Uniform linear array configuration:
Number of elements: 64
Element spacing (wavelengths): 0.75
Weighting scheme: exponential
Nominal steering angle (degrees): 0
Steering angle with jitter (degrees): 1.271
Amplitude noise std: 0.05
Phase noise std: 0.05

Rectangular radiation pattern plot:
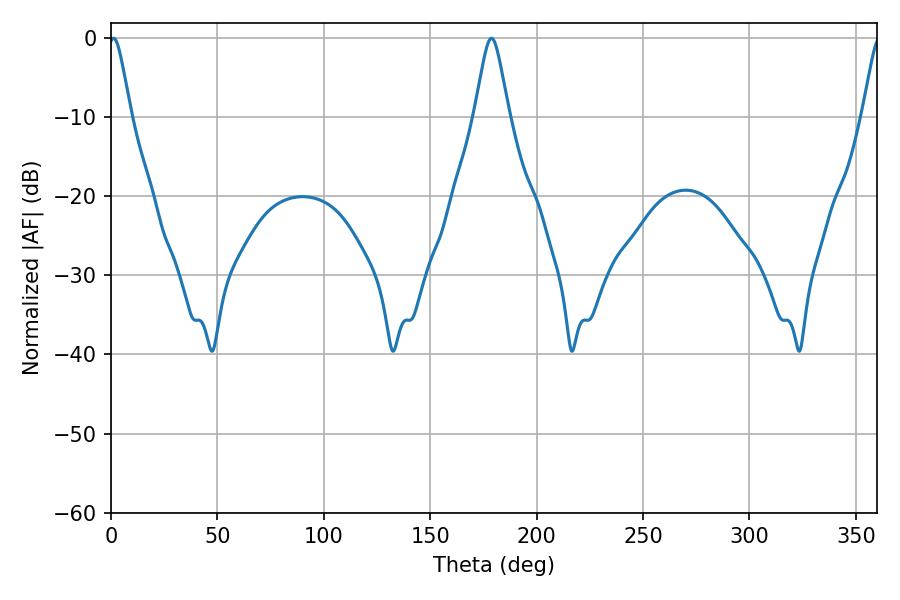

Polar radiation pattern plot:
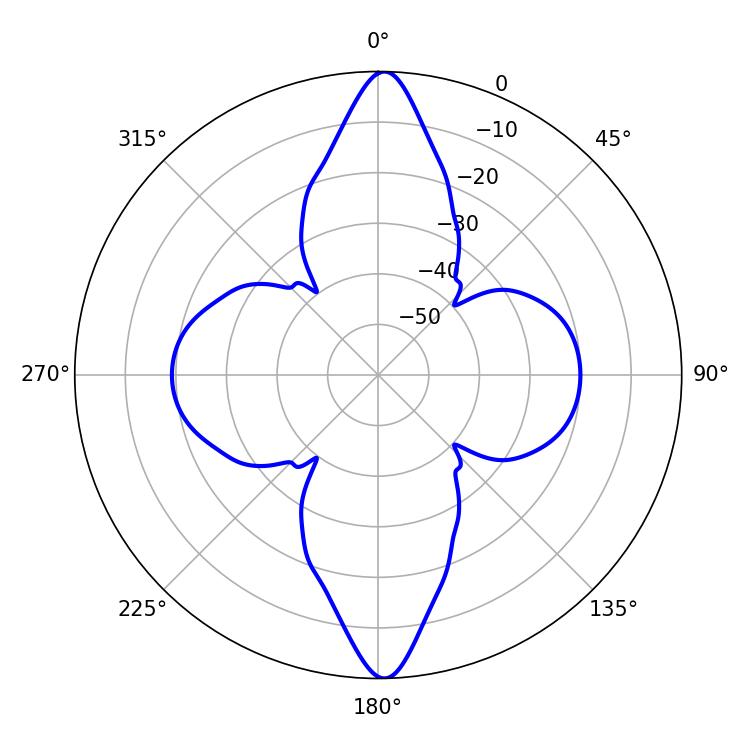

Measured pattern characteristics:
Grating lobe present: TRUE
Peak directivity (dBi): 25.465
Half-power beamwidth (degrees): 5.04
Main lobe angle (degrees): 1.26